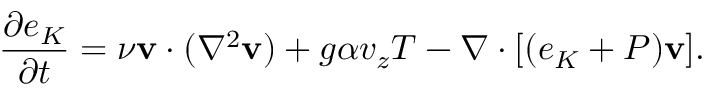
\frac { \partial e _ { K } } { \partial t } = \nu \mathbf { v } \cdot ( \nabla ^ { 2 } \mathbf { v } ) + g \alpha v _ { z } T - \nabla \cdot [ ( e _ { K } + P ) \mathbf { v } ] .